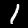
Label: 1